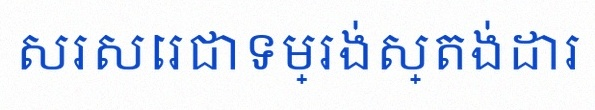
សរសេរជាទម្រង់ស្តង់ដារ